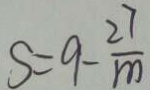
S = 9 - \frac { 2 7 } { m }